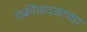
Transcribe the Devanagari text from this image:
चक्रीवादळाच्या